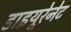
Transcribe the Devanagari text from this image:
डाइयूरेनेट